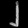
Digit: ၂